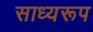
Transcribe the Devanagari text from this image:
साध्यरूप